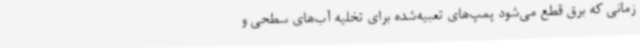
زمانی که برق قطع می‌شود پمپ‌های تعبیه‌شده برای تخلیه آب‌های سطحی و